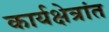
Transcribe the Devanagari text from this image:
कार्यक्षेत्रांत